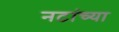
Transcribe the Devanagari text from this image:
नटांच्या